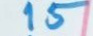
15